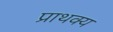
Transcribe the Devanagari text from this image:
प्राथक्य